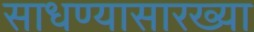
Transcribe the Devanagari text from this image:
साधण्यासारख्या